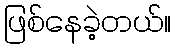
ဖြစ်နေခဲ့တယ်။